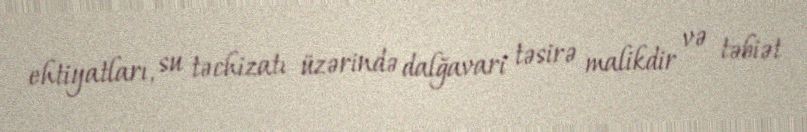
ehtiyatları, su təchizatı üzərində dalğavari təsirə malikdir və təbiət